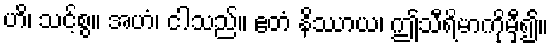
ဟိ၊ သင့်စွ။ အဟံ၊ ငါသည်။ ဧတံ နိဿာယ၊ ဤသီရိမာကိုမှီ၍။